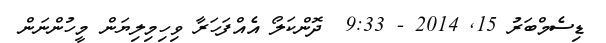
ޑިސެމްބަރު 15